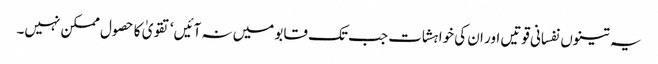
یہ تینوں نفسانی قوتیں اور ان کی خواہشات جب تک قابو میں نہ آئیں‘ تقویٰ کا حصول ممکن نہیں۔